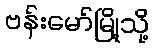
ဗန်းမော်မြို့သို့